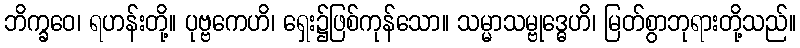
ဘိက္ခဝေ၊ ရဟန်းတို့။ ပုဗ္ဗကေဟိ၊ ရှေး၌ဖြစ်ကုန်သော။ သမ္မာသမ္ဗုဒ္ဓေဟိ၊ မြတ်စွာဘုရားတို့သည်။